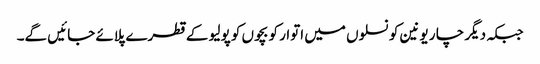
جبکہ دیگر چا ر یونین کونسلوں میں اتوار کو بچوں کو پولیو کے قطرے پلائے جائیں گے۔